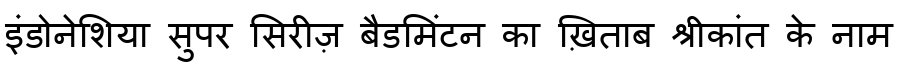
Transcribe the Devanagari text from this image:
इंडोनेशिया सुपर सिरीज़ बैडमिंटन का ख़िताब श्रीकांत के नाम